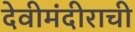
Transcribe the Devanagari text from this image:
देवीमंदीराची